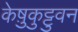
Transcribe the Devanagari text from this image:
केष़ुकुट्टुवन